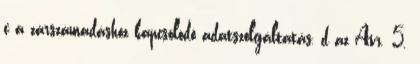
c a zárszámadáshoz kapcsolódó adatszolgáltatás, d az Ávr. 5.